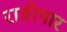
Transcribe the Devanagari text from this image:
रावीपार